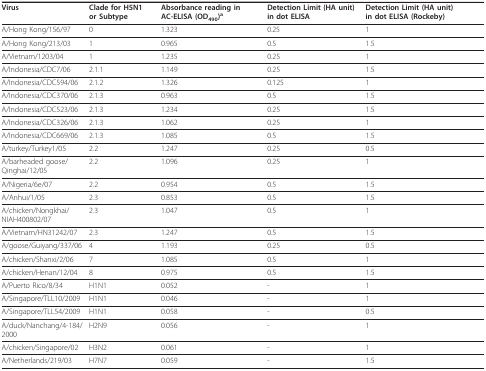
<table><thead><tr><td><b>Virus</b></td><td><b>Clade for H5N1 or Subtype</b></td><td><b>Absorbance reading in AC-ELISA (OD<sub>490</sub>)<sup>a</sup></b></td><td><b>Detection Limit (HA unit) in dot ELISA</b></td><td><b>Detection Limit (HA unit) in dot ELISA (Rockeby)</b></td></tr></thead><tbody><tr><td>A/Hong Kong/156/97</td><td>0</td><td>1.323</td><td>0.25</td><td>1</td></tr><tr><td>A/Hong Kong/213/03</td><td>1</td><td>0.965</td><td>0.5</td><td>1.5</td></tr><tr><td>A/Vietnam/1203/04</td><td>1</td><td>1.235</td><td>0.25</td><td>1</td></tr><tr><td>A/Indonesia/CDC7/06</td><td>2.1.1</td><td>1.149</td><td>0.25</td><td>1.5</td></tr><tr><td>A/Indonesia/CDC594/06</td><td>2.1.2</td><td>1.326</td><td>0.125</td><td>1</td></tr><tr><td>A/Indonesia/CDC370/06</td><td>2.1.3</td><td>0.963</td><td>0.5</td><td>1.5</td></tr><tr><td>A/Indonesia/CDC523/06</td><td>2.1.3</td><td>1.234</td><td>0.25</td><td>1.5</td></tr><tr><td>A/Indonesia/CDC326/06</td><td>2.1.3</td><td>1.062</td><td>0.25</td><td>1</td></tr><tr><td>A/Indonesia/CDC669/06</td><td>2.1.3</td><td>1.085</td><td>0.5</td><td>1.5</td></tr><tr><td>A/turkey/Turkey1/05</td><td>2.2</td><td>1.247</td><td>0.25</td><td>0.5</td></tr><tr><td>A/barheaded goose/Qinghai/12/05</td><td>2.2</td><td>1.096</td><td>0.25</td><td>1</td></tr><tr><td>A/Nigeria/6e/07</td><td>2.2</td><td>0.954</td><td>0.5</td><td>1.5</td></tr><tr><td>A/Anhui/1/05</td><td>2.3</td><td>0.853</td><td>0.5</td><td>1.5</td></tr><tr><td>A/chicken/Nongkhai/NIAH400802/07</td><td>2.3</td><td>1.047</td><td>0.5</td><td>1</td></tr><tr><td>A/Vietnam/HN31242/07</td><td>2.3</td><td>1.247</td><td>0.5</td><td>1.5</td></tr><tr><td>A/goose/Guiyang/337/06</td><td>4</td><td>1.193</td><td>0.25</td><td>0.5</td></tr><tr><td>A/chicken/Shanxi/2/06</td><td>7</td><td>1.085</td><td>0.5</td><td>1</td></tr><tr><td>A/chicken/Henan/12/04</td><td>8</td><td>0.975</td><td>0.5</td><td>1.5</td></tr><tr><td>A/Puerto Rico/8/34</td><td>H1N1</td><td>0.052</td><td>-</td><td>1</td></tr><tr><td>A/Singapore/TLL10/2009</td><td>H1N1</td><td>0.046</td><td>-</td><td>1</td></tr><tr><td>A/Singapore/TLL54/2009</td><td>H1N1</td><td>0.058</td><td>-</td><td>0.5</td></tr><tr><td>A/duck/Nanchang/4-184/2000</td><td>H2N9</td><td>0.056</td><td>-</td><td>1</td></tr><tr><td>A/chicken/Singapore/02</td><td>H3N2</td><td>0.061</td><td>-</td><td>1</td></tr><tr><td>A/Netherlands/219/03</td><td>H7N7</td><td>0.059</td><td>-</td><td>1.5</td></tr></tbody></table>